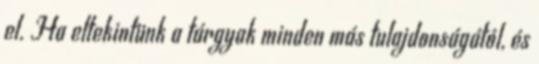
el. Ha eltekintünk a tárgyak minden más tulajdonságától, és